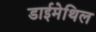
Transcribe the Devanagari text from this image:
डाईमेथिल